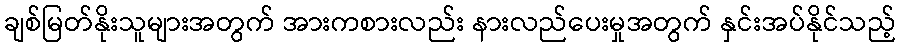
ချစ်မြတ်နိုးသူများအတွက် အားကစားလည်း နားလည်ပေးမှုအတွက် နှင်းအပ်နိုင်သည့်